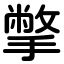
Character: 撆